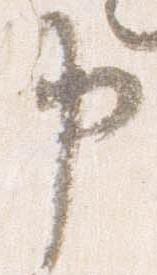
申